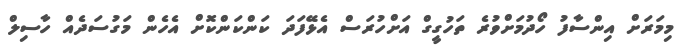
މިމަރަށް އިންސާފު ހޯދުމަށްވުރެ ތަހުގީގް އަށްހުރަސް އެޅޭފަދަ ކަންކަންކޮށް އެހެން މަގުސަދެއް ހާސިލް